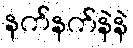
နက်နက်နဲနဲ